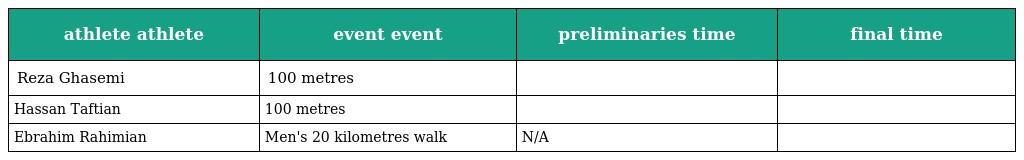
| athlete athlete | event event | preliminaries time | final time |
 | --- | --- | --- | --- |
 | Reza Ghasemi | 100 metres |  |  |
 | Hassan Taftian | 100 metres |  |  |
 | Ebrahim Rahimian | Men's 20 kilometres walk | N/A |  |